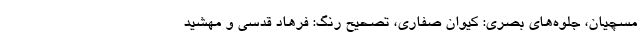
مسچیان، جلوه‌های بصری: کیوان صفاری، تصحیح رنگ: فرهاد قدسی و مهشید